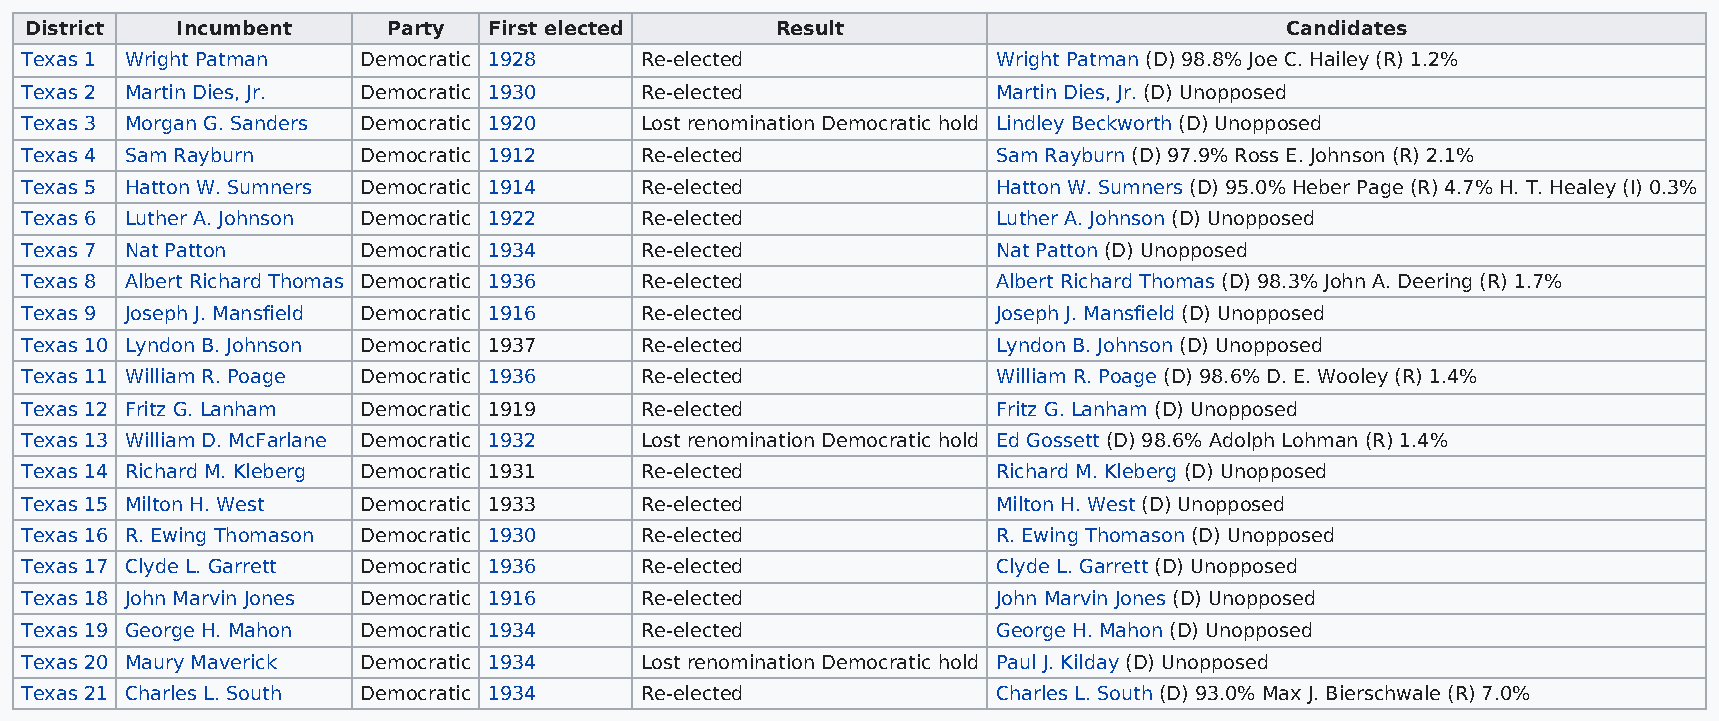
District  Incumbent     Party First elected      Result                            Candidates
 Texas 1 Wright Patman  Democratic 1928   Re-elected              Wright Patman (D) 98.8% Joe C. Hailey (R) 1.2%
 Texas 2 Martin Dies, Jr. Democratic 1930 Re-elected              Martin Dies, Jr. (D) Unopposed
 Texas 3 Morgan G. Sanders Democratic 1920 Lost renomination Democratic hold Lindley Beckworth (D) Unopposed
 Texas 4 Sam Rayburn    Democratic 1912   Re-elected              Sam Rayburn (D) 97.9% Ross E. Johnson (R) 2.1%
 Texas 5 Hatton W. Sumners Democratic 1914 Re-elected             Hatton W. Sumners (D) 95.0% Heber Page (R) 4.7% H. T. Healey (I) 0.3%
 Texas 6 Luther A. Johnson Democratic 1922 Re-elected             Luther A. Johnson (D) Unopposed
 Texas 7 Nat Patton     Democratic 1934   Re-elected              Nat Patton (D) Unopposed
 Texas 8 Albert Richard Thomas Democratic 1936 Re-elected         Albert Richard Thomas (D) 98.3% John A. Deering (R) 1.7%
 Texas 9 Joseph J. Mansfield Democratic 1916 Re-elected           Joseph J. Mansfield (D) Unopposed
 Texas 10 Lyndon B. Johnson Democratic 1937 Re-elected            Lyndon B. Johnson (D) Unopposed
 Texas 11 William R. Poage Democratic 1936 Re-elected             William R. Poage (D) 98.6% D. E. Wooley (R) 1.4%
 Texas 12 Fritz G. Lanham Democratic 1919 Re-elected              Fritz G. Lanham (D) Unopposed
 Texas 13 William D. McFarlane Democratic 1932 Lost renomination Democratic hold Ed Gossett (D) 98.6% Adolph Lohman (R) 1.4%
 Texas 14 Richard M. Kleberg Democratic 1931 Re-elected           Richard M. Kleberg (D) Unopposed
 Texas 15 Milton H. West Democratic 1933  Re-elected              Milton H. West (D) Unopposed
 Texas 16 R. Ewing Thomason Democratic 1930 Re-elected            R. Ewing Thomason (D) Unopposed
 Texas 17 Clyde L. Garrett Democratic 1936 Re-elected             Clyde L. Garrett (D) Unopposed
 Texas 18 John Marvin Jones Democratic 1916 Re-elected            John Marvin Jones (D) Unopposed
 Texas 19 George H. Mahon Democratic 1934 Re-elected              George H. Mahon (D) Unopposed
 Texas 20 Maury Maverick Democratic 1934  Lost renomination Democratic hold Paul J. Kilday (D) Unopposed
 Texas 21 Charles L. South Democratic 1934 Re-elected             Charles L. South (D) 93.0% Max J. Bierschwale (R) 7.0%